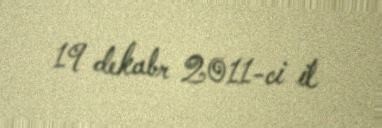
19 dekabr 2011-ci il